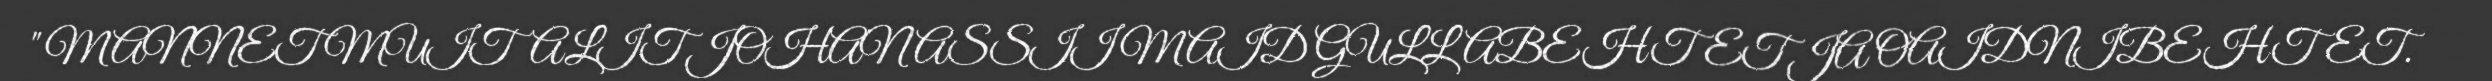
" MANNET MUITALIT JOHANASSII MAID GULLABEHTET JA OAIDNIBEHTET.